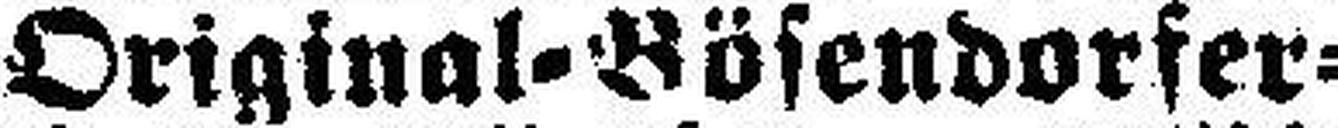
Original=Bösendorfer=